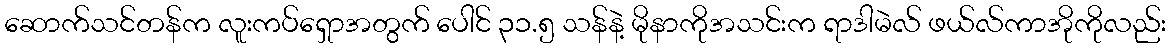
ဆောက်သင်တန်က လူးကပ်ရှောအတွက် ပေါင် ၃၁.၅ သန်နဲ့ မိုနာကိုအသင်းက ရာဒါမဲလ် ဖယ်လ်ကာအိုကိုလည်း